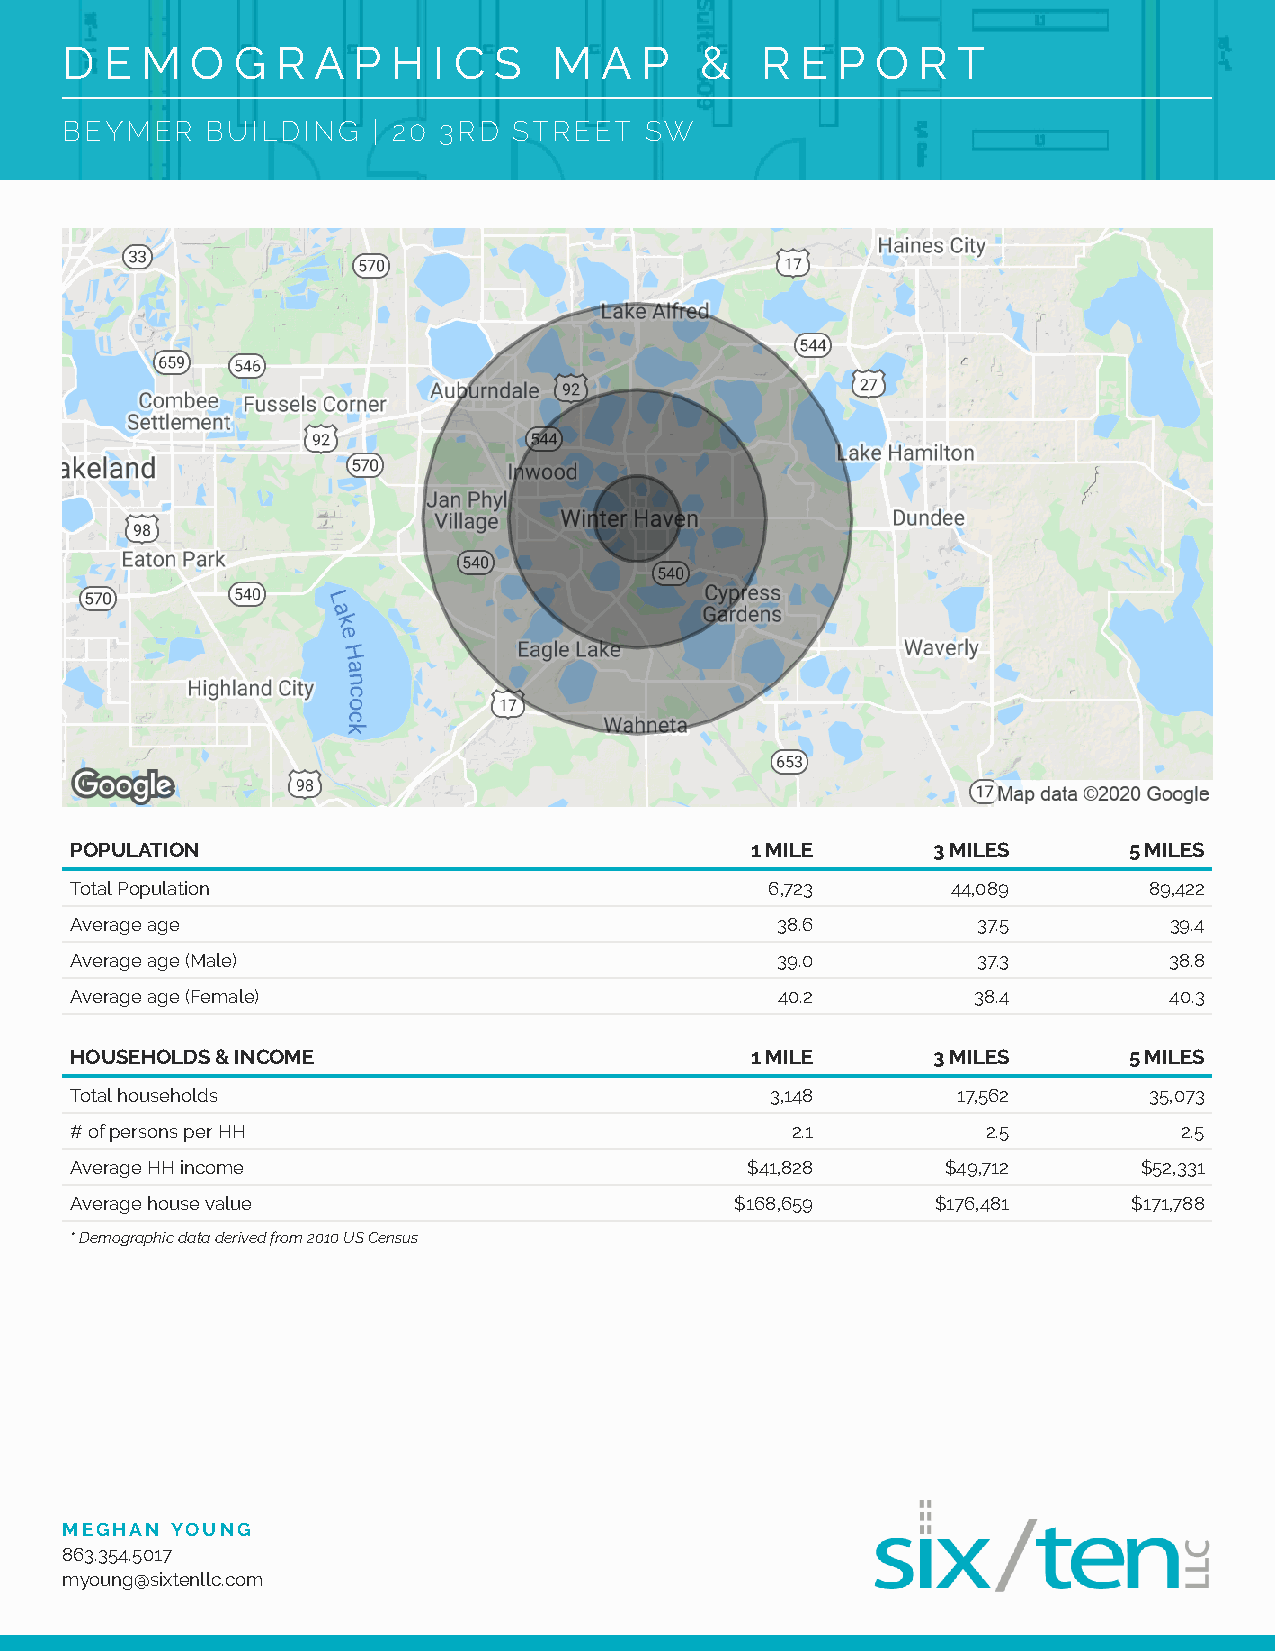
D  E M   O G  R  A P  H  I C S   M  A  P  &   R  E P  O  R T
 BEYMER    BUILDING   | 20 3RD STREET   SW
 POPULATION                                   1 MILE      3 MILES      5 MILES
 Total Population                              6,723       44,089       89,422
 Average age                                   38.6          37.5        39.4
 Average age (Male)                            39.0          37.3        38.8
 Average age (Female)                           40.2        38.4         40.3
 HOUSEHOLDS & INCOME                          1 MILE      3 MILES      5 MILES
 Total households                              3,148       17,562       35,073
 # of persons per HH                            2.1          2.5          2.5
 Average HH income                           $41,828       $49,712      $52,331
 Average house value                         $168,659     $176,481     $171,788
 * Demographic data derived from 2010 US Census
 MEGHAN YOUNG
 863.354.5017
 myoung@sixtenllc.com